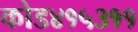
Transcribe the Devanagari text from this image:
कोड४१५३११